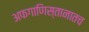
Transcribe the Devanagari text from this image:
अफगाणिस्तानातच